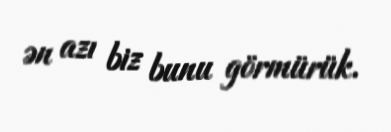
ən azı biz bunu görmürük.